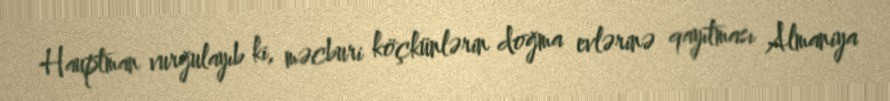
Hauptman vurğulayıb ki, məcburi köçkünlərin doğma evlərinə qayıtması Almaniya